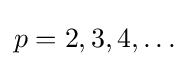
p=2,3,4,\dots